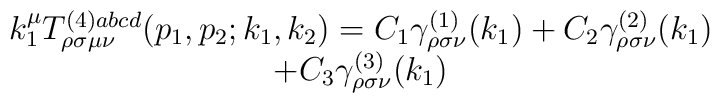
\begin{array}{c}k_1^\mu T_{\rho \sigma \mu \nu }^{(4)abcd}(p_1,p_2;k_1,k_2)=C_1\gamma _{\rho\sigma \nu }^{(1)}(k_1)+C_2\gamma _{\rho \sigma \nu }^{(2)}(k_1) \\ +C_3\gamma _{\rho \sigma \nu }^{(3)}(k_1)\end{array}